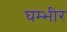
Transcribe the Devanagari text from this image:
घम्भीर